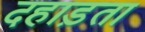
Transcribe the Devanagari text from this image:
दहाड़ता